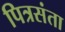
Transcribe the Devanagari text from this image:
पित्रसंता